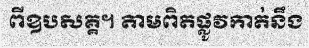
ពីឧបសគ្គ។ តាមពិតផ្លូវកាត់នឹង